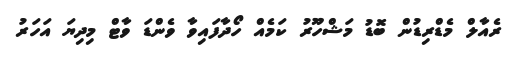
ރެއާލް މެޑްރިޑުން ބޮޑު މަޝްހޫރު ކަމެއް ހޯދާފައިވާ ވެންޑަ ވާޓް މިދިޔަ އަހަރު